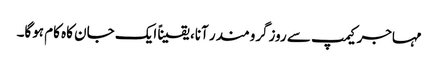
مہاجر کیمپ سے روزگرومندر آنا، یقیناً ایک جان کاہ کام ہوگا۔